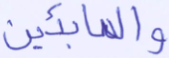
والصابئين